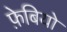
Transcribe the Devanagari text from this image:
फ़ेबियो